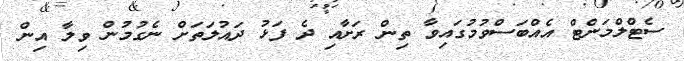
ސެޓްލްމަންޓް އެއްބަސްވުމުގައިވާ ތިން ރަށާއި ދެ ފަޅު ދައުލަތަށް ނެގުމުން ވިލާ އިން